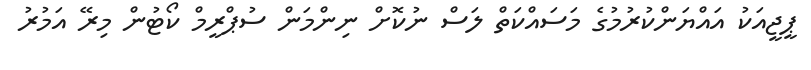
ޕީޖީއަކު އައްޔަންކުރުމުގެ މަސައްކަތް ލަސް ނުކޮށް ނިންމަން ސުޕްރީމް ކޯޓުން މިރޭ އަމުރު